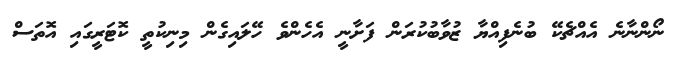
ނޯންނާނެ އެއްޗެކޭ ބުނެފިއްޔާ ޒުވާބުކުރަން ފަށާނީ އެހެންވެ ހޭލައިގެން މިނިކުތީ ކޮޓަރީގައި އޮތަސް